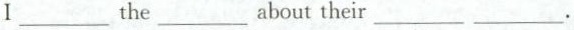
I ___ the ___ about their ___ ___.